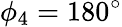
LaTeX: \phi_{4}=180^{\circ}